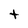
Character: t